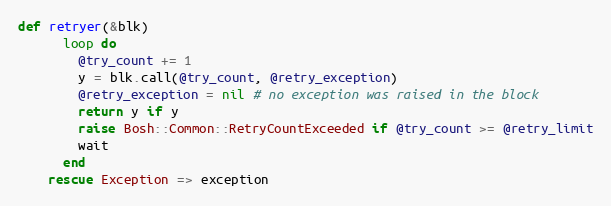
Language: Ruby
def retryer(&blk)
      loop do
        @try_count += 1
        y = blk.call(@try_count, @retry_exception)
        @retry_exception = nil # no exception was raised in the block
        return y if y
        raise Bosh::Common::RetryCountExceeded if @try_count >= @retry_limit
        wait
      end
    rescue Exception => exception